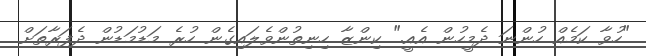
"ހުވާ ކަމެއް ހުންނަ ދެމީހުން އެއީ." ކިންޒާ ހިނިތުންވެލައިގެން ހުރެ މަޑުމަޑުން ދެފަރާތަށް